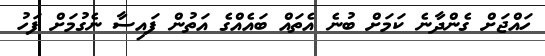
ހައްޖަށް ގެންދާނެ ކަމަށް ބުނެ އެތައް ބައެއްގެ އަތުން ފައިސާ ނެގުމަށް ފަހު